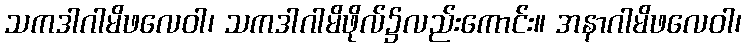
သကဒါဂါမိဖလေဝါ၊ သကဒါဂါမိဖိုလ်၌လည်းကောင်း။ အနာဂါမိဖလေဝါ၊